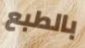
بالطبع